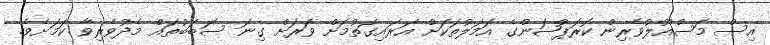
އިސް މަސްއޫލުވެރިން ކޮރަޕްޝަންގެ އަމަލުތަކަށް އަރައިގަތުމަށް ވަރަށް ގިނަ ސަބަބުތައް މެދުވެރިވާ ކަމަށެވެ.